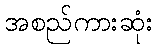
အစည်ကားဆုံး